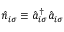
\hat { n } _ { i \sigma } \equiv \hat { a } _ { i \sigma } ^ { \dagger } \hat { a } _ { i \sigma }